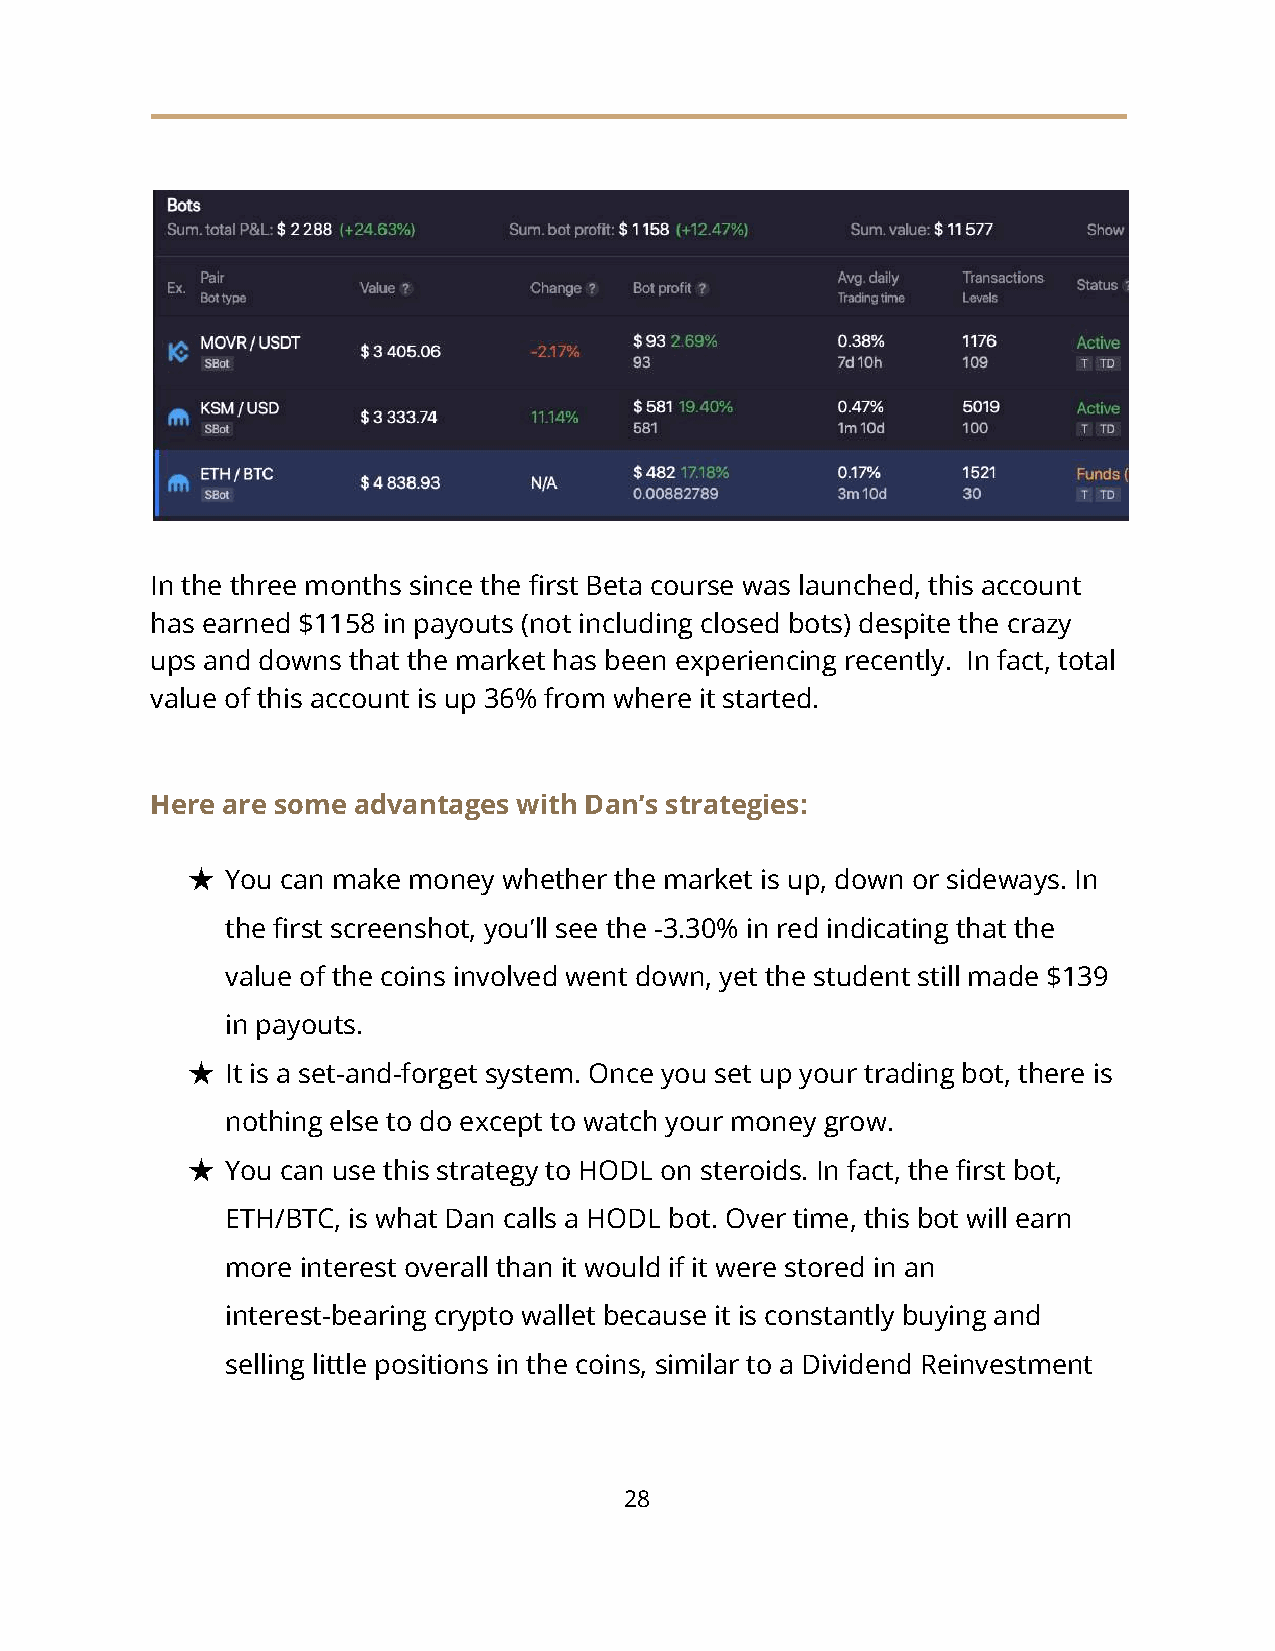
In the three months since the first Beta course was launched, this account
 has earned $1158 in payouts (not including closed bots) despite the crazy
 ups and downs that the market has been experiencing recently. In fact, total
 value of this account is up 36% from where it started.
 Here are some advantages with Dan’s strategies:
 ★  You can make money whether the market is up, down or sideways. In
 the first screenshot, you’ll see the -3.30% in red indicating that the
 value of the coins involved went down, yet the student still made $139
 in payouts.
 ★  It is a set-and-forget system. Once you set up your trading bot, there is
 nothing else to do except to watch your money grow.
 ★  You can use this strategy to HODL on steroids. In fact, the first bot,
 ETH/BTC, is what Dan calls a HODL bot. Over time, this bot will earn
 more interest overall than it would if it were stored in an
 interest-bearing crypto wallet because it is constantly buying and
 selling little positions in the coins, similar to a Dividend Reinvestment
 28